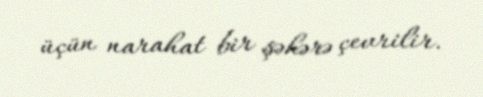
üçün narahat bir şəhərə çevrilir.